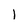
Character: 1